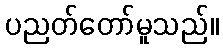
ပညတ်တော်မူသည်။